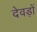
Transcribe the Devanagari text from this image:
देवड़ों